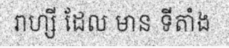
រាហ្សី ដែល មាន ទីតាំង